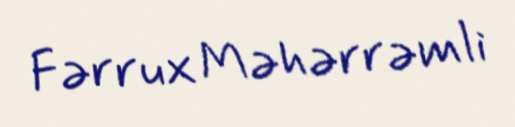
Fərrux Məhərrəmli